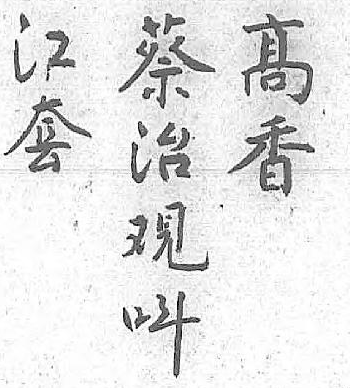
蔡髙江呌治香套 覌